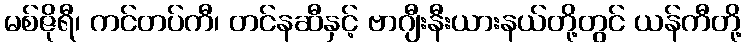
မစ်ဇိုရီ၊ ကင်တပ်ကီ၊ တင်နဆီနှင့် ဗာဂျီးနီးယားနယ်တို့တွင် ယန်ကီတို့